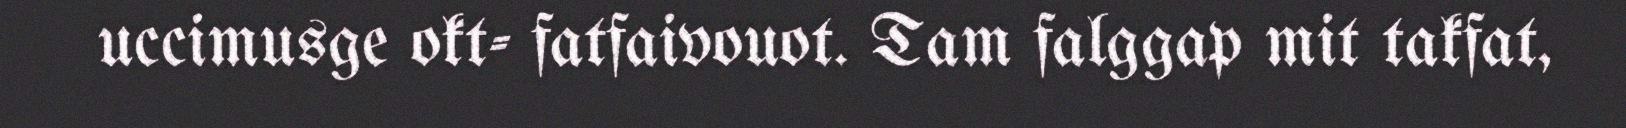
uccimusge okt- fatfaivouot. Tam falggap mit takfat,